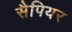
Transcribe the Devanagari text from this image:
सैपियर